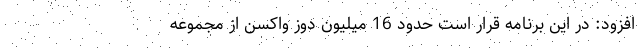
افزود: در این برنامه قرار است حدود 16 میلیون دوز واکسن از مجموعه